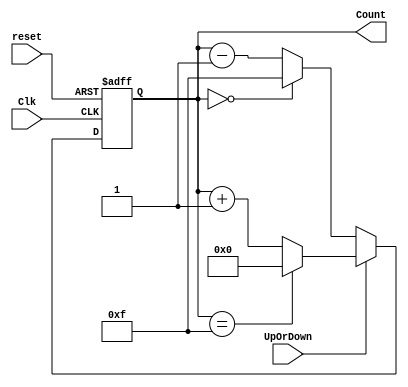
module pes_bc(
    Clk,
    reset,
    UpOrDown,  //high for UP counter and low for Down counter
    Count
    );

    
    //input ports and their sizes
    input Clk,reset,UpOrDown;
    //output ports and their size
    output [3 : 0] Count;
    //Internal variables
    reg [3 : 0] Count = 0;  
    
     always @(posedge(Clk) or posedge(reset))
     begin
        if(reset == 1) 
            Count <= 0;
        else    
            if(UpOrDown == 1)   //Up mode selected
                if(Count == 15)
                    Count <= 0;
                else
                    Count <= Count + 1; //Incremend Counter
            else  //Down mode selected
                if(Count == 0)
                    Count <= 15;
                else
                    Count <= Count - 1; //Decrement counter
     end    
    
endmodule